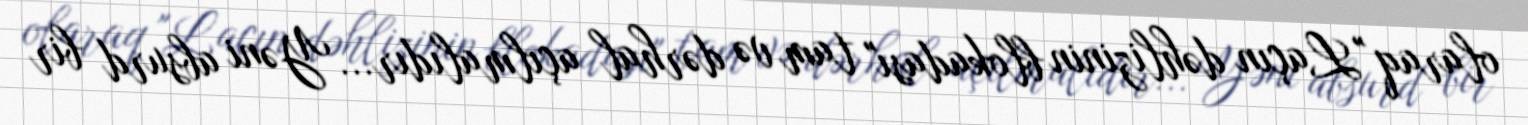
olaraq "Laçın dəhlizinin blokadası" tam və dərhal açılmalıdır... Yəni absurd bir